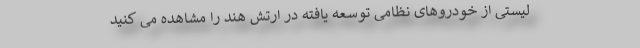
لیستی از خودروهای نظامی توسعه یافته در ارتش هند را مشاهده می کنید